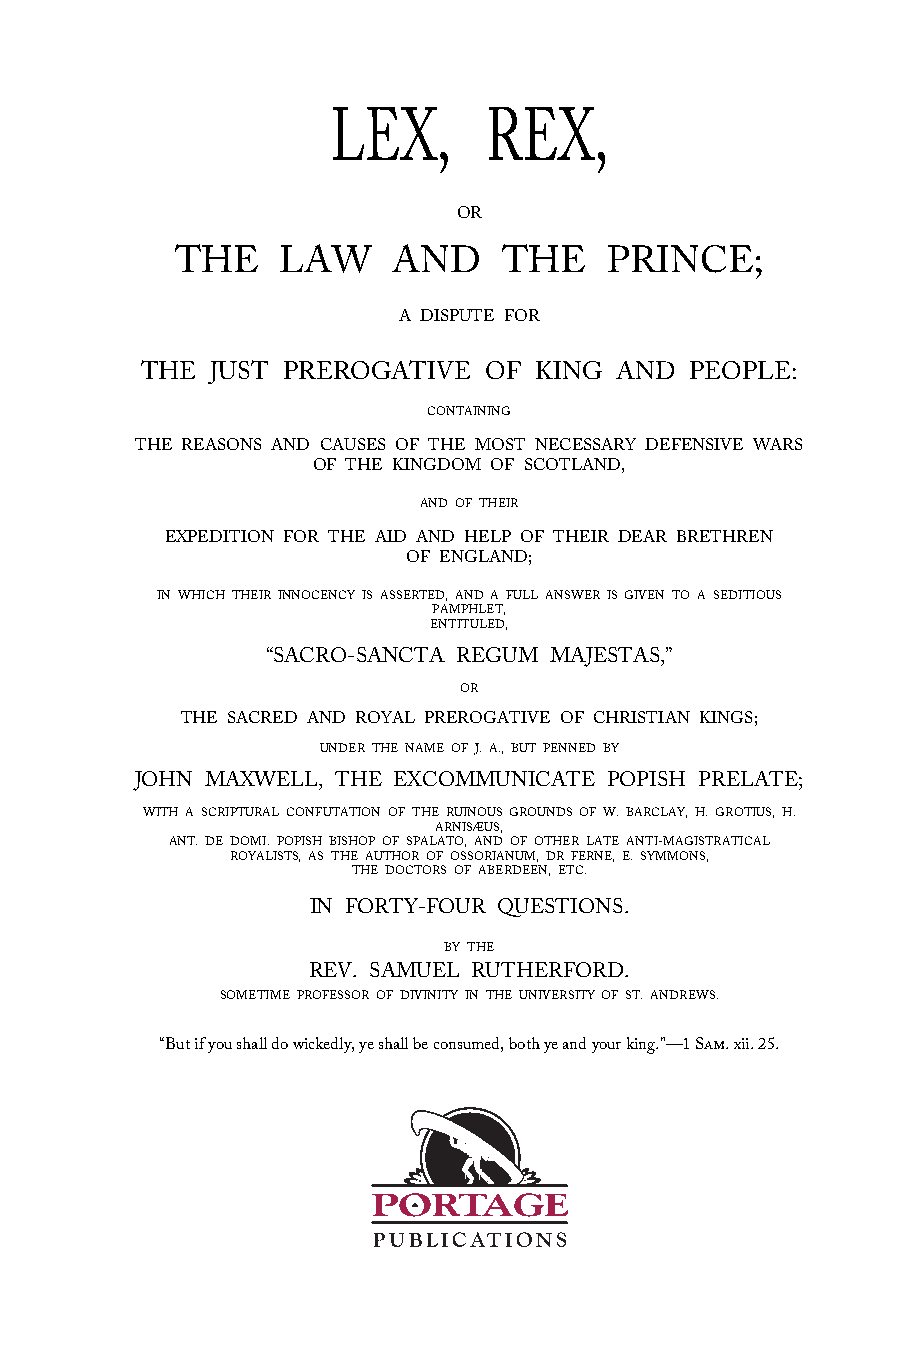
LEX,      REX,
 OR
 THE    LAW    AND    THE    PRINCE;
 A DISPUTE FOR
 THE  JUST PREROGATIVE  OF KING  AND  PEOPLE:
 CONTAINING
 THE REASONS AND CAUSES OF THE MOST NECESSARY DEFENSIVE WARS
 OF THE KINGDOM OF SCOTLAND,
 AND OF THEIR
 EXPEDITION FOR THE AID AND HELP OF THEIR DEAR BRETHREN
 OF ENGLAND;
 IN WHICH THEIR INNOCENCY IS ASSERTED, AND A FULL ANSWER IS GIVEN TO A SEDITIOUS
 PAMPHLET,
 ENTITULED,
 “SACRO-SANCTA REGUM MAJESTAS,”
 OR
 THE SACRED AND ROYAL PREROGATIVE OF CHRISTIAN KINGS;
 UNDER THE NAME OF J. A., BUT PENNED BY
 JOHN MAXWELL, THE EXCOMMUNICATE POPISH PRELATE;
 WITH A SCRIPTURAL CONFUTATION OF THE RUINOUS GROUNDS OF W. BARCLAY, H. GROTIUS, H.
 ARNISÆUS,
 ANT. DE DOMI. POPISH BISHOP OF SPALATO, AND OF OTHER LATE ANTI-MAGISTRATICAL
 ROYALISTS, AS THE AUTHOR OF OSSORIANUM, DR FERNE, E. SYMMONS,
 THE DOCTORS OF ABERDEEN, ETC.
 IN FORTY-FOUR QUESTIONS.
 BY THE
 REV. SAMUEL RUTHERFORD.
 SOMETIME PROFESSOR OF DIVINITY IN THE UNIVERSITY OF ST. ANDREWS.
 “But if you shall do wickedly, ye shall be consumed, both ye and your king.”—1 Sam. xii. 25.
 PORTAGE
 PUBLICATIONS